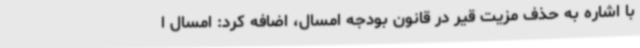
با اشاره به حذف مزیت قیر در قانون بودجه امسال، اضافه کرد: امسال ا